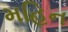
મહિન